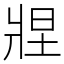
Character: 𬌂